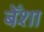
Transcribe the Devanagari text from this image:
बेँशा